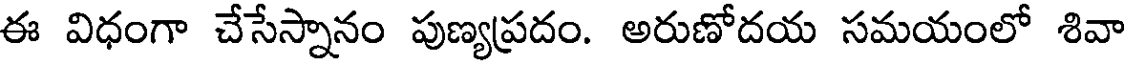
ఈ విధంగా చేసేస్నానం పుణ్యప్రదం. అరుణోదయ సమయంలో శివా